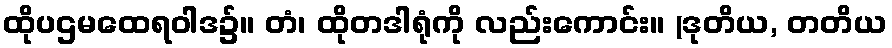
ထိုပဌမထေရဝါဒ၌။ တံ၊ ထိုတဒါရုံကို လည်းကောင်း။ (ဒုတိယ, တတိယ